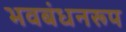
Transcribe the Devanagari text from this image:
भवबंधनरूप